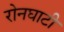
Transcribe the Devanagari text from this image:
रोनघाटी